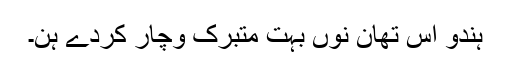
ہندو اس تھان نوں بہت متبرک وچار کردے ہن۔